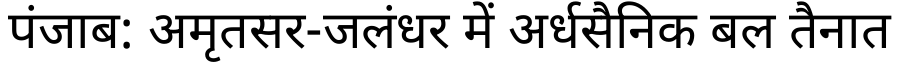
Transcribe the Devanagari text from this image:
पंजाब: अमृतसर-जलंधर में अर्धसैनिक बल तैनात